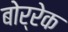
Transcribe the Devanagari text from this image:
बोर्रेक